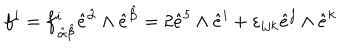
f ^ { i } = f _ { \, { \hat { \alpha } } { \hat { \beta } } } ^ { i } { \hat { e } } ^ { \hat { \alpha } } \wedge { \hat { e } } ^ { \hat { \beta } } = 2 { \hat { e } } ^ { 5 } \wedge { \hat { e } } ^ { i } + \varepsilon _ { i j k } { \hat { e } } ^ { j } \wedge { \hat { e } } ^ { k }